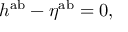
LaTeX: h ^ { \mathrm { a b } } - \eta ^ { \mathrm { a b } } = 0 ,